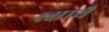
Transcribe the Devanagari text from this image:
रक्षायै